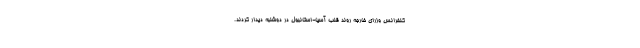
کنفرانس وزرای خارجه روند قلب آسیا-استانبول در دوشنبه دیدار کردند.